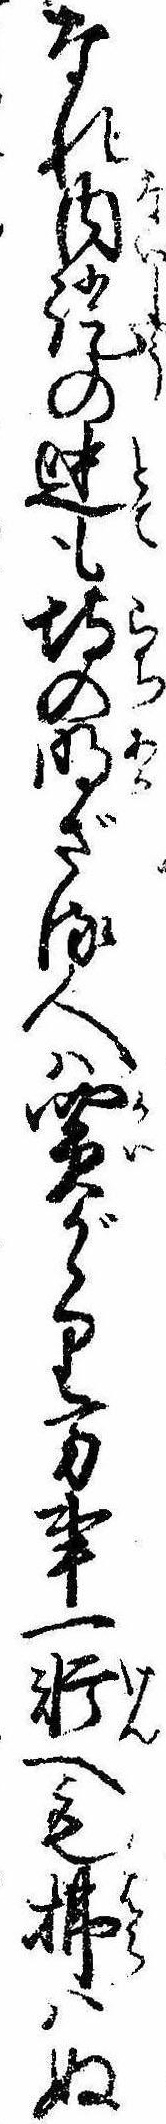
なれ内証の迚も埒の明ざる人は買がゝり万事一軒へも払はぬ